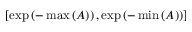
\left[ \exp \left( - \operatorname* { m a x } \left( A \right) \right) , \exp \left( - \operatorname* { m i n } \left( A \right) \right) \right]